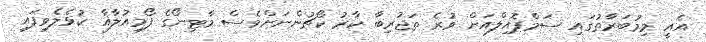
އެއީ މިމުބަރާތުގައި ސަމްޕޮއިލްއަށް ވުރެ ތަޖުރިބާ ކާރު ކޯޗުންނަށްވެސް މާޓިނޯގެ ފޯމިއުލާއާ ކުޅެލެވިފައި